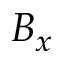
B _ { x }